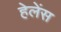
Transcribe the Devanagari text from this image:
हेलेंस